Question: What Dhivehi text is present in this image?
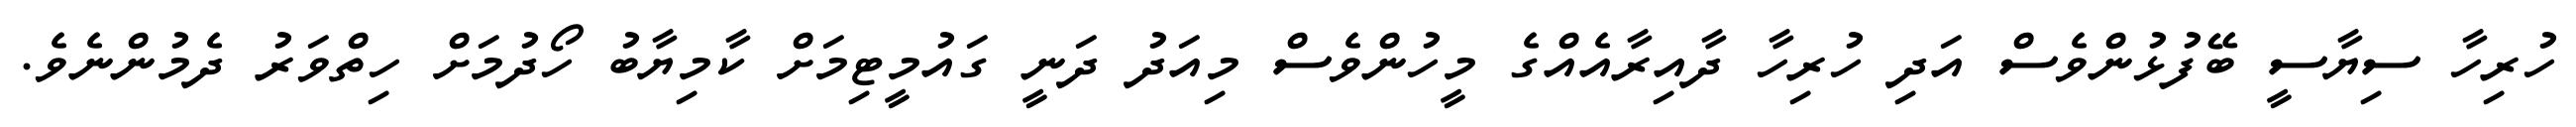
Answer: ހުރިހާ ސިޔާސީ ބޭފުޅުންވެސް އަދި ހުރިހާ ދާއިރާއެއްގެ މީހުންވެސް މިއަދު ދަނީ ގައުމީޓިމަށް ކާމިޔާބު ހޯދުމަށް ހިތްވަރު ދެމުންނެވެ.